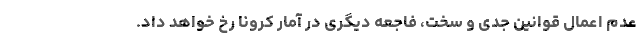
عدم اعمال قوانین جدی و سخت، فاجعه‌ دیگری در آمار کرونا رخ خواهد داد.